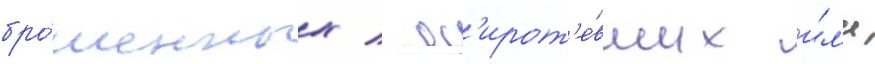
бро́шенных / ос'ирот'е́вших и́л'и